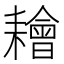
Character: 𦔦